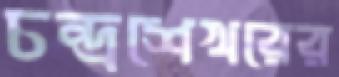
চন্দ্রশেখরের